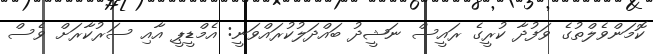
ކޮމަންވެލްތުގެ ވަފުދާ ކުރީގެ ރައީސް ނަޝީދު ބައްދަލުކުރައްވަނީ: އެމްޑީޕީ އާއި ސަރުކާރަށް ވެސް